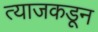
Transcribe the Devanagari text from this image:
त्याजकडून